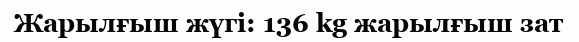
Жарылғыш жүгі: 136 kg жарылғыш зат